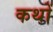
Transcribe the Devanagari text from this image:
कथों